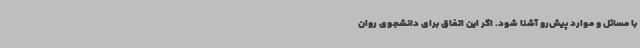
با مسائل و موارد پیش‌رو آشنا شود. اگر این اتفاق برای دانشجوی روان